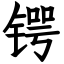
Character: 锷